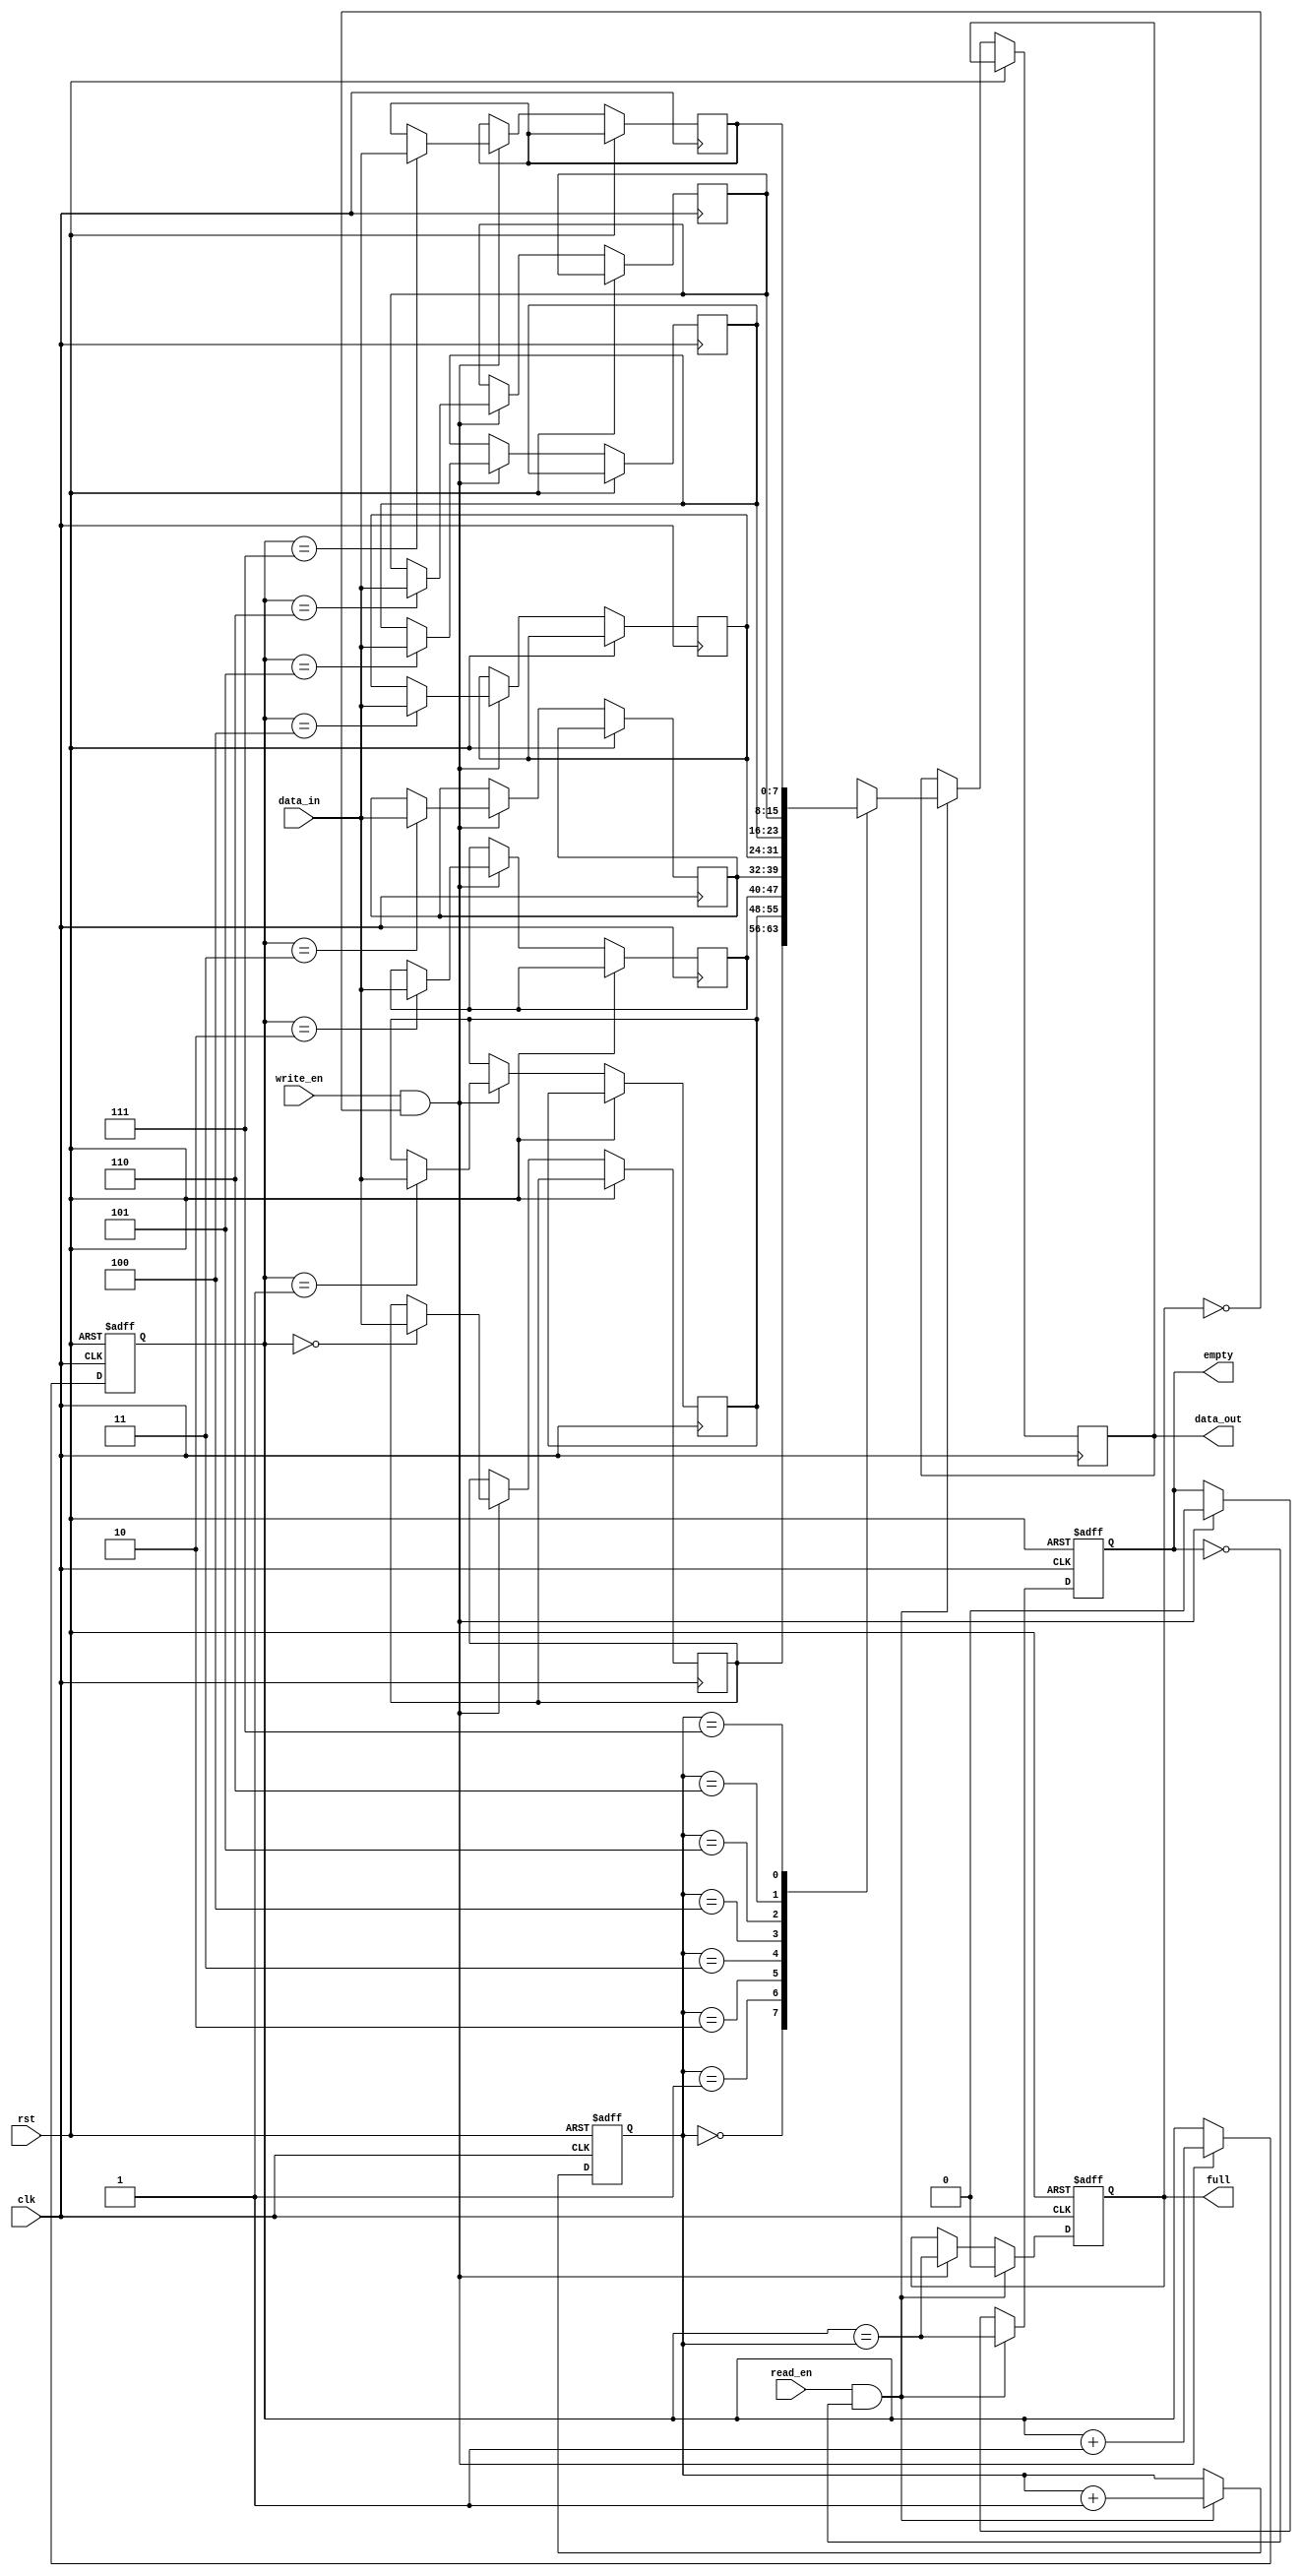
module CircularFIFO(
  input wire clk,  // clock input
  input wire rst,  // reset input
  input wire write_en,  // write enable input
  input wire read_en,  // read enable input
  input wire [7:0] data_in,  // input data
  output reg [7:0] data_out,  // output data
  output reg empty,  // flag indicating buffer is empty
  output reg full  // flag indicating buffer is full
);

parameter SIZE = 8;  // size of circular buffer
reg [7:0] buffer [0:SIZE-1];  // circular buffer array
reg [2:0] read_ptr;  // read pointer
reg [2:0] write_ptr;  // write pointer

always @(posedge clk or posedge rst) begin
  if (rst) begin
    read_ptr <= 3'b000;
    write_ptr <= 3'b000;
    empty <= 1'b1;
    full <= 1'b0;
  end else begin
    if (write_en && !full) begin
      buffer[write_ptr] <= data_in;
      write_ptr <= write_ptr + 1;
      full <= (write_ptr == read_ptr);
      empty <= 0;
    end
  
    if (read_en && !empty) begin
      data_out <= buffer[read_ptr];
      read_ptr <= read_ptr + 1;
      empty <= (write_ptr == read_ptr);
      full <= 0;
    end
  end
end

endmodule